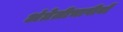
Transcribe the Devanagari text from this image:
अंग्रेज़ीभाषीयों